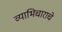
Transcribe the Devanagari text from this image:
व्याभिचाराचे